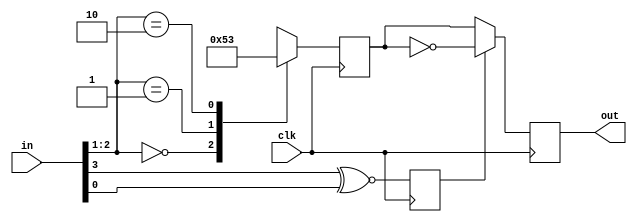

//CB/RCB DECODER:
module decoder #(parameter wlength=4)(
  input wire clk,
  input wire [3:0] in,
  output reg [wlength-1:0] out
);

reg [wlength-1:0] out_temp_reg;
reg negate;

always@(posedge clk) begin
  case(in[2:1])
    'd0: out_temp_reg <= {wlength/4{4'b0000}};
    'd1: out_temp_reg <= {wlength/4{4'b0101}};
    'd2: out_temp_reg <= {wlength/4{4'b0011}};
    default: out_temp_reg <= {wlength{1'bx}};
  endcase
  negate <= in[3]~^in[0];
  out <= negate ? ~out_temp_reg : out_temp_reg;
end

endmodule